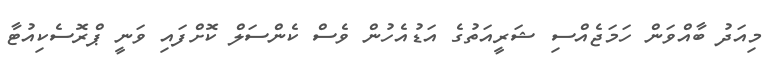
މިއަދު ބާއްވަން ހަމަޖެއްސި ޝަރީއަތުގެ އަޑުއެހުން ވެސް ކެންސަލް ކޮށްފައި ވަނީ ޕްރޮސެކިއުޓާ